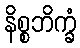
နိစ္စဘိက္ခံ